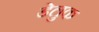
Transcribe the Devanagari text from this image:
डेलुक